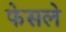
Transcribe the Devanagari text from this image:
फेसले